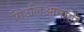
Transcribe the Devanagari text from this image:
गिउलिआनोटी